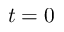
t = 0